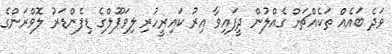
ވަދެ ބައެއް ތަކެއްޗަށް ގެއްލުން ދީފައިވާ އިރު ކައިރީހުރި ލިވަޕޫލްގެ ޑިފެންޑަރު ލޮވްރަންގެ